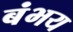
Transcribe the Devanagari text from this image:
बंभय